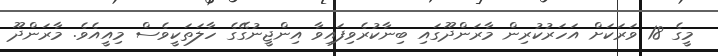
މީގެ 18 ވަރަކަށް އަހަރުކުރިން މާރަންދޫގައި ބިނާކުރެވިފައިވާ އިންޖީނުގޭގެ ހާލަތަކީވެސް މިއީއެވެ. މާރަންދޫ